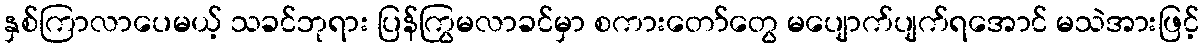
နှစ်ကြာလာပေမယ့် သခင်ဘုရား ပြန်ကြွမလာခင်မှာ စကားတော်တွေ မပျောက်ပျက်ရအောင် မသဲအားဖြင့်